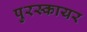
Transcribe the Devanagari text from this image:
पुरस्कायर